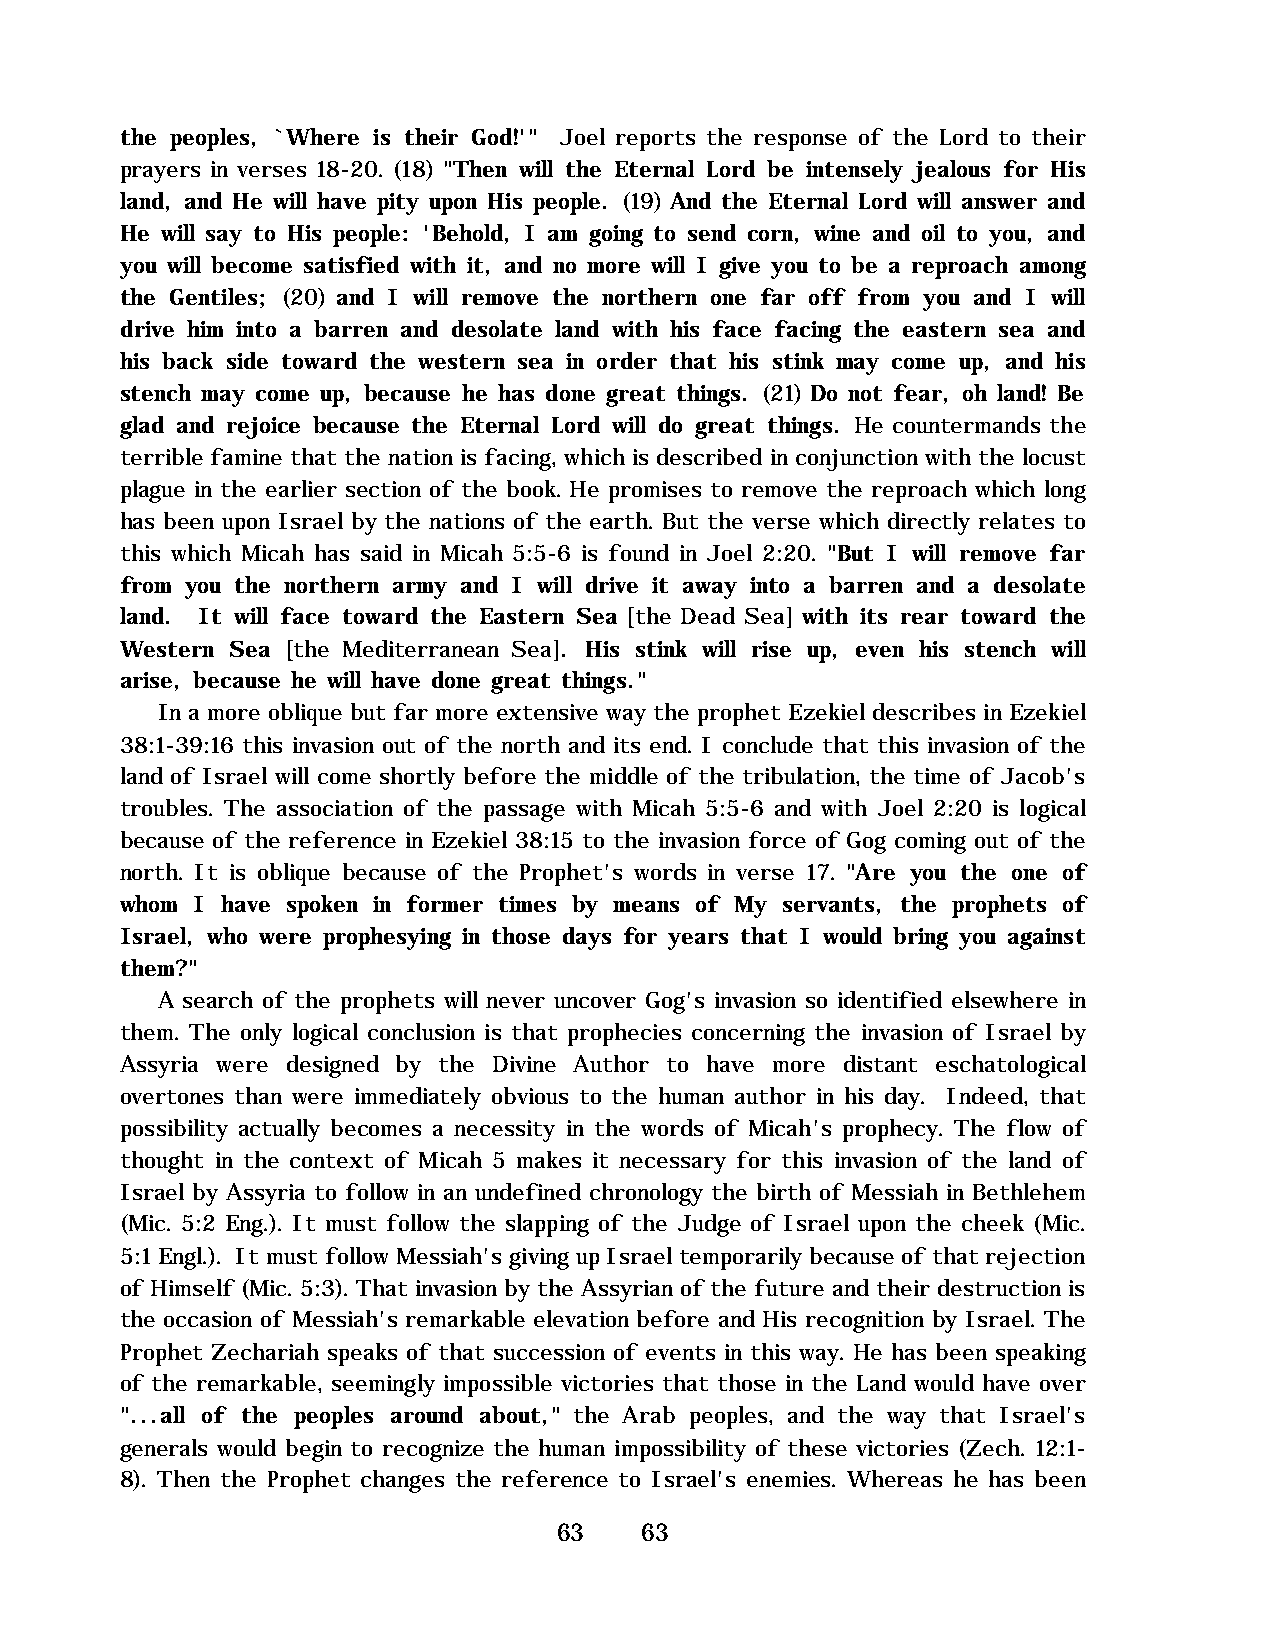
the peoples, `Where is their God!'" Joel reports the response of the Lord to their
 prayers in verses 18-20. (18) "Then will the Eternal Lord be intensely jealous for His
 land, and He will have pity upon His people. (19) And the Eternal Lord will answer and
 He will say to His people: 'Behold, I am going to send corn, wine and oil to you, and
 you will become satisfied with it, and no more will I give you to be a reproach among
 the Gentiles; (20) and I will remove the northern one far off from you and I will
 drive him into a barren and desolate land with his face facing the eastern sea and
 his back side toward the western sea in order that his stink may come up, and his
 stench may come up, because he has done great things. (21) Do not fear, oh land! Be
 glad and rejoice because the Eternal Lord will do great things. He countermands the
 terrible famine that the nation is facing, which is described in conjunction with the locust
 plague in the earlier section of the book. He promises to remove the reproach which long
 has been upon Israel by the nations of the earth. But the verse which directly relates to
 this which Micah has said in Micah 5:5-6 is found in Joel 2:20. "But I will remove far
 from you the northern army and I will drive it away into a barren and a desolate
 land. It will face toward the Eastern Sea [the Dead Sea] with its rear toward the
 Western Sea [the Mediterranean Sea]. His stink will rise up, even his stench will
 arise, because he will have done great things."
 In a more oblique but far more extensive way the prophet Ezekiel describes in Ezekiel
 38:1-39:16 this invasion out of the north and its end. I conclude that this invasion of the
 land of Israel will come shortly before the middle of the tribulation, the time of Jacob's
 troubles. The association of the passage with Micah 5:5-6 and with Joel 2:20 is logical
 because of the reference in Ezekiel 38:15 to the invasion force of Gog coming out of the
 north. It is oblique because of the Prophet's words in verse 17. "Are you the one of
 whom I have spoken in former times by means of My servants, the prophets of
 Israel, who were prophesying in those days for years that I would bring you against
 them?"
 A search of the prophets will never uncover Gog's invasion so identified elsewhere in
 them. The only logical conclusion is that prophecies concerning the invasion of Israel by
 Assyria were designed by the Divine Author to have more distant eschatological
 overtones than were immediately obvious to the human author in his day. Indeed, that
 possibility actually becomes a necessity in the words of Micah's prophecy. The flow of
 thought in the context of Micah 5 makes it necessary for this invasion of the land of
 Israel by Assyria to follow in an undefined chronology the birth of Messiah in Bethlehem
 (Mic. 5:2 Eng.). It must follow the slapping of the Judge of Israel upon the cheek (Mic.
 5:1 Engl.). It must follow Messiah's giving up Israel temporarily because of that rejection
 of Himself (Mic. 5:3). That invasion by the Assyrian of the future and their destruction is
 the occasion of Messiah's remarkable elevation before and His recognition by Israel. The
 Prophet Zechariah speaks of that succession of events in this way. He has been speaking
 of the remarkable, seemingly impossible victories that those in the Land would have over
 "...all of the peoples around about," the Arab peoples, and the way that Israel's
 generals would begin to recognize the human impossibility of these victories (Zech. 12:1-
 8). Then the Prophet changes the reference to Israel's enemies. Whereas he has been
 63   63